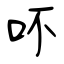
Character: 吥